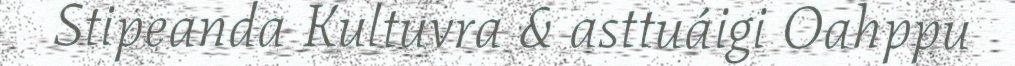
Stipeanda Kultuvra & asttuáigi Oahppu